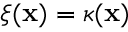
\xi ( \mathbf { x } ) = \kappa ( \mathbf { x } )